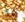
انه